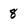
Character: 8